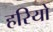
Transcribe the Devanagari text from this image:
हरियो